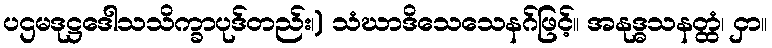
ပဌမဒုဋ္ဌဒေါသသိက္ခာပုဒ်တည်း၊) သံဃာဒိသေသေနဂ်ဖြင့်။ အနုဒ္ဓသနတ္ထံ၊ ငှာ။